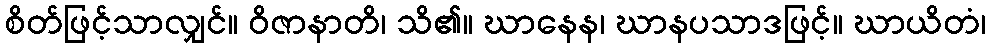
စိတ်ဖြင့်သာလျှင်။ ဝိဇာနာတိ၊ သိ၏။ ဃာနေန၊ ဃာနပသာဒဖြင့်။ ဃာယိတံ၊